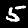
Label: 5